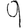
Digit: 9